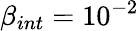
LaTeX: \beta_{int}=10^{-2}